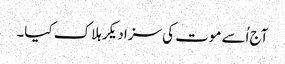
آج اُسے موت کی سزا دیکر ہلاک کیا۔